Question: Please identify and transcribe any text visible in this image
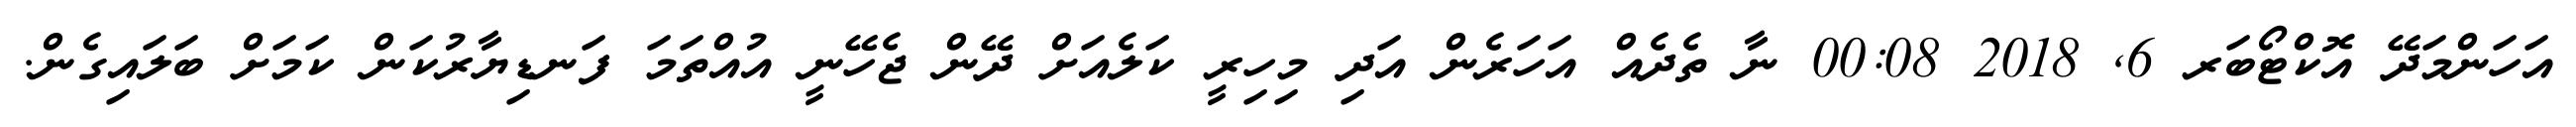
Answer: އަހަންމަދޭ އޮކްޓޯބަރ 6, 2018 00:08 ނާ ތެދެއް އަހަރެން އަދި މިހިރީ ކަލެއަށް ދޭން ޖެހޭނީ އުއްތަމަ ފަނޑިޔާރުކަން ކަމަށް ބަލައިގެން.